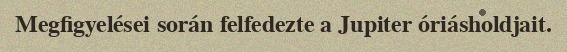
Megfigyelései során felfedezte a Jupiter óriásholdjait.